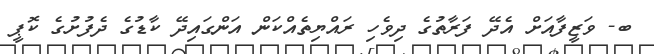
ބ- ވަޒީފާއަށް އެދޭ ފަރާތުގެ ދިވެހި ރައްޔިތެއްކަން އަންގައިދޭ ކާޑުގެ ދެފުށުގެ ކޮޕީ